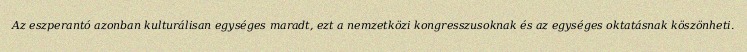
Az eszperantó azonban kulturálisan egységes maradt, ezt a nemzetközi kongresszusoknak és az egységes oktatásnak köszönheti.